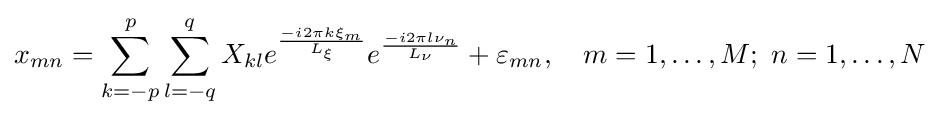
x_{mn}=\sum _{k=-p}^{p}\sum _{l=-q}^{q}X_{kl}e^{\frac {-i2\pi k\xi _{m}}{L_{\xi }}}e^{\frac {-i2\pi l\nu _{n}}{L_{\nu }}}+\varepsilon _{mn},\quad m=1,\dots ,M;\ n=1,\dots ,N